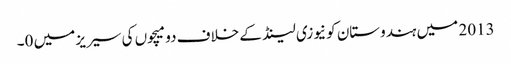
2013 میں ہندوستان کو نیوزی لینڈ کے خلاف دو میچوں کی سیریز میں 0۔